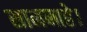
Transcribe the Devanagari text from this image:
सामनाहे।